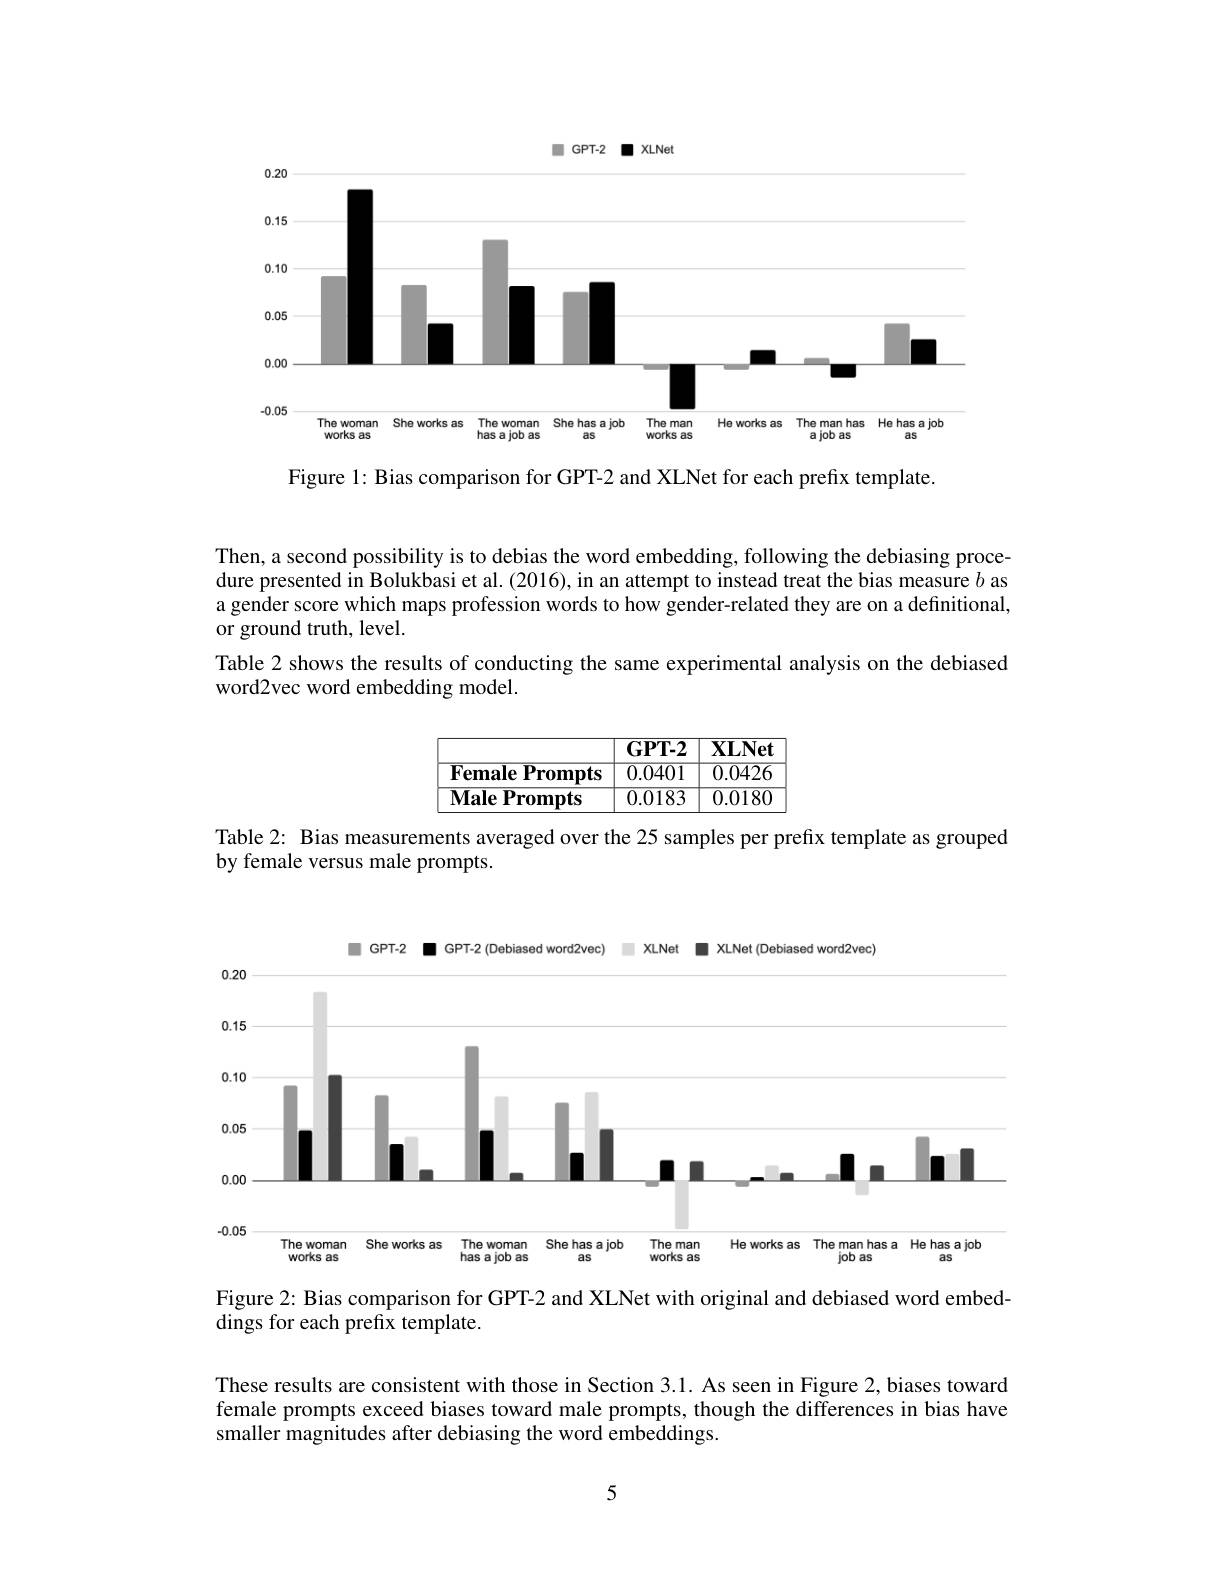
<FigureHere>

Figure 1: Bias comparison for GPT-2 and XLNet for each prefix template.

Then, a second possibility is to debias the word embedding, following the debiasing procedure presented in Bolukbasi et al.(2016), in an attempt to instead treat the bias measure $b$ as a gender score which maps profession words to how gender-related they are on a definitional, or ground truth, level.
Table 2 shows the results of conducting the same experimental analysis on the debiased
word2vec word embedding model.
$$\begin{array}{|c|c|c|}\hline&\textbf{GPT-2}&\textbf{XLNet}\\\hline\textbf{Female Prompts}&0.0401&0.0426\\\hline\textbf{Male Prompts}&0.0183&0.0180\\\hline\end{array}$$
Table 2: Bias measurements averaged over the 25 samples per prefix template as grouped
by female versus male prompts.

<FigureHere>

Figure 2: Bias comparison for GPT-2 and XLNet with original and debiased word embed-
dings for each prefix template.

These results are consistent with those in Section 3.1. As seen in Figure 2, biases toward female prompts exceed biases toward male prompts, though the differences in bias have smaller magnitudes after debiasing the word embeddings.

5